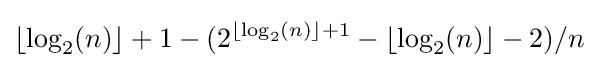
\lfloor \log _{2}(n)\rfloor +1-(2^{\lfloor \log _{2}(n)\rfloor +1}-\lfloor \log _{2}(n)\rfloor -2)/n